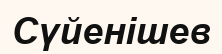
Сүйенішев